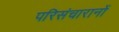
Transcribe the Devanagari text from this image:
परिसंचारानों